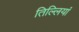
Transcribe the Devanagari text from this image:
तिल्लियां